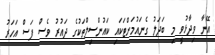
އޭނާ ވިދާޅުވީ މި ބަދަލު ގެނައުމަށްޓަކައި ކައުންސިލްތަކުގެ ދައުރު ވެސް ފަސް އަހަރު